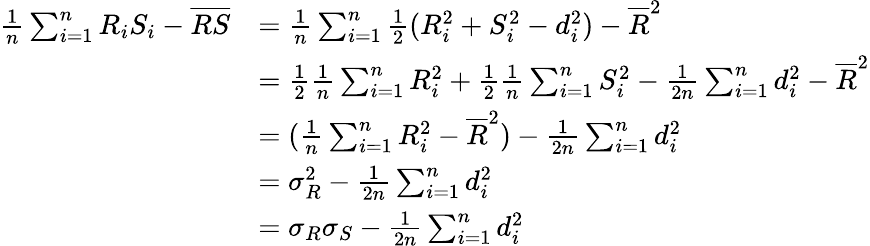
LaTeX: {\begin{array}{rl}{{\frac{1}{n}}\sum_{i=1}^{n}R_{i}S_{i}-{\overline{{R}}}{\overline{{S}}}}&{={\frac{1}{n}}\sum_{i=1}^{n}{\frac{1}{2}}(R_{i}^{2}+S_{i}^{2}-d_{i}^{2})-{\overline{{R}}}^{2}}\\ &{={\frac{1}{2}}{\frac{1}{n}}\sum_{i=1}^{n}R_{i}^{2}+{\frac{1}{2}}{\frac{1}{n}}\sum_{i=1}^{n}S_{i}^{2}-{\frac{1}{2n}}\sum_{i=1}^{n}d_{i}^{2}-{\overline{{R}}}^{2}}\\ &{=({\frac{1}{n}}\sum_{i=1}^{n}R_{i}^{2}-{\overline{{R}}}^{2})-{\frac{1}{2n}}\sum_{i=1}^{n}d_{i}^{2}}\\ &{=\sigma_{R}^{2}-{\frac{1}{2n}}\sum_{i=1}^{n}d_{i}^{2}}\\ &{=\sigma_{R}\sigma_{S}-{\frac{1}{2n}}\sum_{i=1}^{n}d_{i}^{2}}\end{array}}